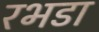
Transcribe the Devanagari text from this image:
रभडा